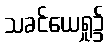
သခင်ယေရှု၌